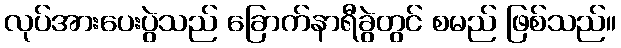
လုပ်အားပေးပွဲသည် ခြောက်နာရီခွဲတွင် စမည် ဖြစ်သည်။